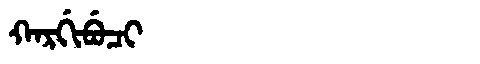
Manchu: ᡴᠠᡵᡤᡳᠪᡠᠴᡳ
Romanization: KARGIBUCI